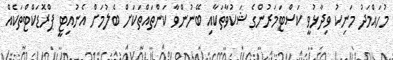
މުހައްމަދު މަނިކު ވިދާޅުވީ ކަސްޓަމަރުންގެ ޝަކުވާތަކާއި ބޭނުންވާ ކަންތައްތަކަށް ބެލުމަށް އެނުއިޓީ ޕްރޮޑަކްޓްތަކެއް